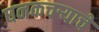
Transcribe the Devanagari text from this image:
घनकचऱ्याचे